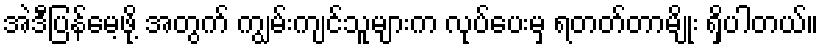
အဲဒီပြန်မေ့ဖို့ အတွက် ကျွမ်းကျင်သူများက လုပ်ပေးမှ ရတတ်တာမျိုး ရှိပါတယ်။